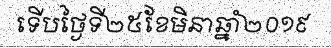
ទើបថ្ងៃទី២៥ខែមិនាឆ្នាំ២០១៩